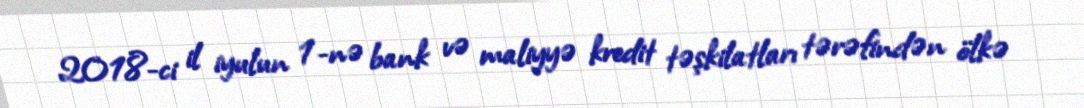
2018-ci il iyulun 1-nə bank və maliyyə kredit təşkilatları tərəfindən ölkə